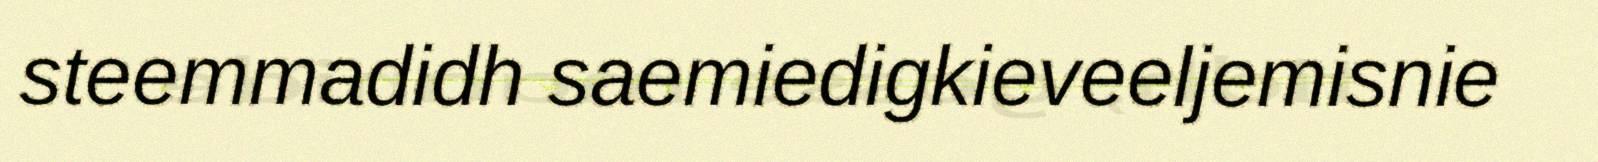
steemmadidh saemiedigkieveeljemisnie